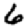
Digit: 6